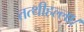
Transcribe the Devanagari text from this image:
तत्थीहल्ला।